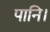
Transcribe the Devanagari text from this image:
पानि।